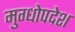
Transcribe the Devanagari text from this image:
मुग्धोपदेश